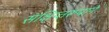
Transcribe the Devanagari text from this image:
संक्षिप्तरूपाने